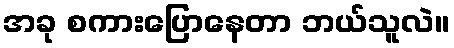
အခု စကားပြောနေတာ ဘယ်သူလဲ။